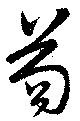
苟